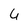
Character: 4